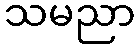
သမညာ